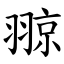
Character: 翞